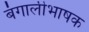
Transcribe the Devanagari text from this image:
बंगालीभाषक